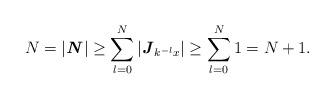
LaTeX: \begin{align*}N=|\textbf{\emph{N}}|\ge\sum_{l=0}^{N}|\textbf{\emph{J}}_{k^{-l}x}|\ge\sum_{l=0}^{N}1=N+1.\end{align*}